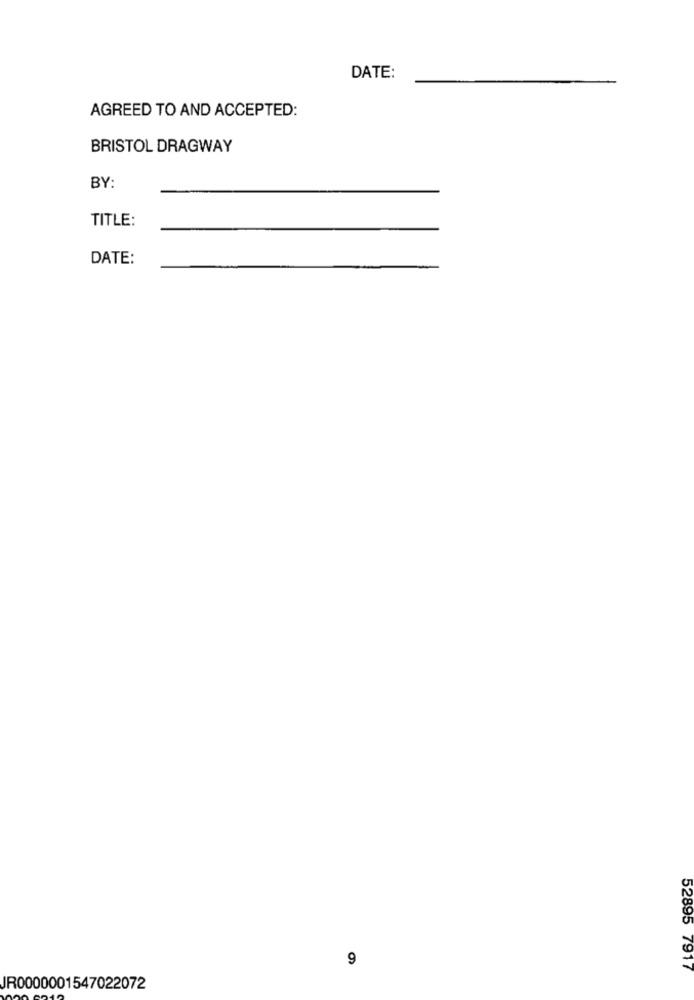
DATE:
AGREED TO AND ACCEPTED:
BRISTOL DRAGWAY
BY:
TITLE:
DATE:
9
52895 7917
JR0000001547022072